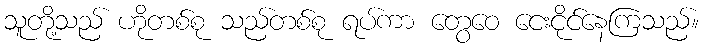
သူတို့သည် ဟိုတစ်စု သည်တစ်စု ရပ်ကာ တွေဝေ ငေးငိုင်နေကြသည်။